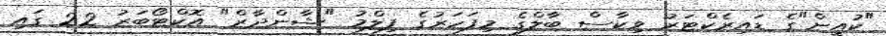
"ކުއީން"ގެ ޑައިރެކްޓަރު ވިކާސް ބާލްގެ މިފަހަރުގެ ފިލްމު "ޝާންދާރް" އޮކްޓޯބަރު 22 ގައި